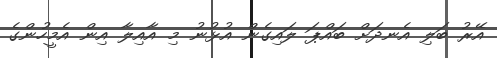
އޭރު ބަލި އެނދަށް ބައްޕަ ލައިގެން އުޅުނު މި އާއިލާ އިން އެމީހުންގެ